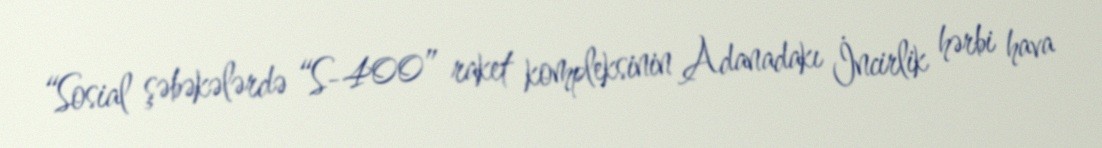
“Sosial şəbəkələrdə “S-400” raket kompleksinin Adanadakı İncirlik hərbi hava